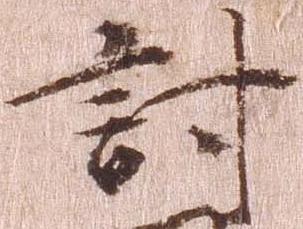
討